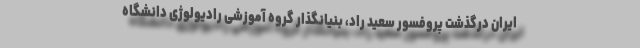
ایران درگذشت پروفسور سعید راد، بنیانگذار گروه آموزشی رادیولوژی دانشگاه